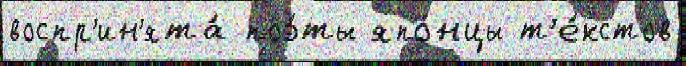
воспр'ин'ята́ поэ́ты япо́нцы т'е́кстов